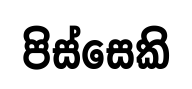
පිස්සෙකි